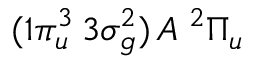
( 1 \pi _ { u } ^ { 3 } \, 3 \sigma _ { g } ^ { 2 } ) \, A \; ^ { 2 } \Pi _ { u }